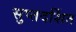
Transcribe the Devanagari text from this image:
सुप्तदर्शित